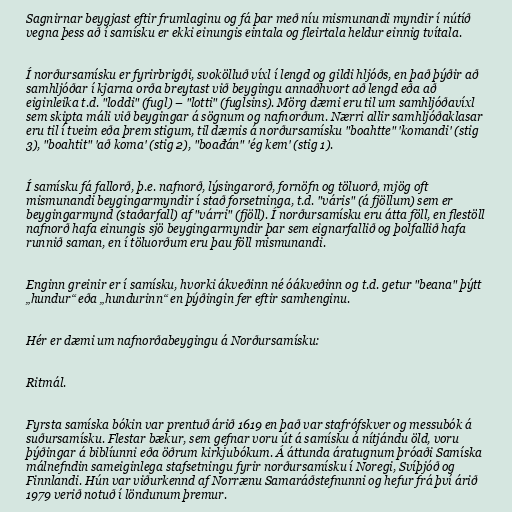
Sagnirnar beygjast eftir frumlaginu og fá þar með níu mismunandi myndir í nútíð
vegna þess að í samísku er ekki einungis eintala og fleirtala heldur einnig tvítala.

Í norðursamísku er fyrirbrigði, svokölluð víxl í lengd og gildi hljóðs, en það þýðir að
samhljóðar í kjarna orða breytast við beygingu annaðhvort að lengd eða að
eiginleika t.d. "loddi" (fugl) – "lotti" (fuglsins). Mörg dæmi eru til um samhljóðavíxl
sem skipta máli við beygingar á sögnum og nafnorðum. Nærri allir samhljóðaklasar
eru til í tveim eða þrem stigum, til dæmis á norðursamísku "boahtte" 'komandi' (stig
3), "boahtit" 'að koma' (stig 2), "boađán" 'ég kem' (stig 1).

Í samísku fá fallorð, þ.e. nafnorð, lýsingarorð, fornöfn og töluorð, mjög oft
mismunandi beygingarmyndir í stað forsetninga, t.d. "váris" (á fjöllum) sem er
beygingarmynd (staðarfall) af "várri" (fjöll). Í norðursamísku eru átta föll, en flestöll
nafnorð hafa einungis sjö beygingarmyndir þar sem eignarfallið og þolfallið hafa
runnið saman, en í töluorðum eru þau föll mismunandi.

Enginn greinir er í samísku, hvorki ákveðinn né óákveðinn og t.d. getur "beana" þýtt
„hundur“ eða „hundurinn“ en þýðingin fer eftir samhenginu.

Hér er dæmi um nafnorðabeygingu á Norðursamísku:

Ritmál.

Fyrsta samíska bókin var prentuð árið 1619 en það var stafrófskver og messubók á
suðursamísku. Flestar bækur, sem gefnar voru út á samísku á nítjándu öld, voru
þýðingar á biblíunni eða öðrum kirkjubókum. Á áttunda áratugnum þróaði Samíska
málnefndin sameiginlega stafsetningu fyrir norðursamísku í Noregi, Svíþjóð og
Finnlandi. Hún var viðurkennd af Norrænu Samaráðstefnunni og hefur frá því árið
1979 verið notuð í löndunum þremur.